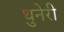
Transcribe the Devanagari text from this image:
थुनेरी